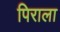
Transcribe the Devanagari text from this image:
पिराला